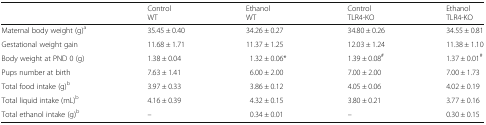
|  | ControlWT | EthanolWT | ControlTLR4-KO | EthanolTLR4-KO |
 | --- | --- | --- | --- | --- |
 | Maternal body weight (g)a | 35.45 ± 0.40 | 34.26 ± 0.27 | 34.80 ± 0.26 | 34.55 ± 0.81 |
 | Gestational weight gain | 11.68 ± 1.71 | 11.37 ± 1.25 | 12.03 ± 1.24 | 11.38 ± 1.10 |
 | Body weight at PND 0 (g) | 1.38 ± 0.04 | 1.32 ± 0.06* | 1.39 ± 0.08# | 1.37 ± 0.01# |
 | Pups number at birth | 7.63 ± 1.41 | 6.00 ± 2.00 | 7.00 ± 2.00 | 7.00 ± 1.73 |
 | Total food intake (g)b | 3.97 ± 0.33 | 3.86 ± 0.12 | 4.05 ± 0.06 | 4.02 ± 0.19 |
 | Total liquid intake (mL)b | 4.16 ± 0.39 | 4.32 ± 0.15 | 3.80 ± 0.21 | 3.77 ± 0.16 |
 | Total ethanol intake (g)b | – | 0.34 ± 0.01 | – | 0.30 ± 0.15 |